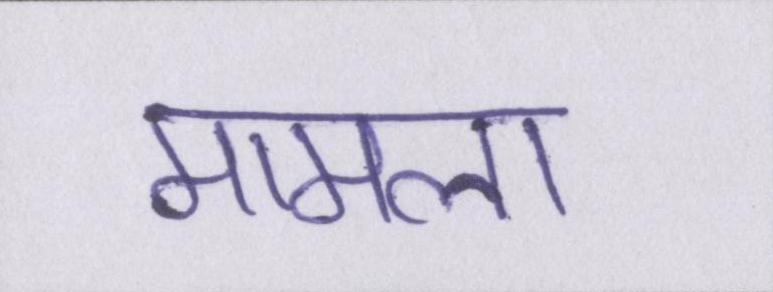
मामला